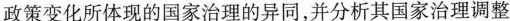
政策变化所体现的国家治理的异同，并分析其国家治理调整